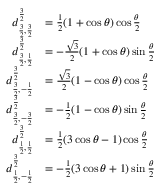
{ \begin{array} { r l } { d _ { { \frac { 3 } { 2 } } , { \frac { 3 } { 2 } } } ^ { \frac { 3 } { 2 } } } & { = { \frac { 1 } { 2 } } ( 1 + \cos \theta ) \cos { \frac { \theta } { 2 } } } \\ { d _ { { \frac { 3 } { 2 } } , { \frac { 1 } { 2 } } } ^ { \frac { 3 } { 2 } } } & { = - { \frac { \sqrt { 3 } } { 2 } } ( 1 + \cos \theta ) \sin { \frac { \theta } { 2 } } } \\ { d _ { { \frac { 3 } { 2 } } , - { \frac { 1 } { 2 } } } ^ { \frac { 3 } { 2 } } } & { = { \frac { \sqrt { 3 } } { 2 } } ( 1 - \cos \theta ) \cos { \frac { \theta } { 2 } } } \\ { d _ { { \frac { 3 } { 2 } } , - { \frac { 3 } { 2 } } } ^ { \frac { 3 } { 2 } } } & { = - { \frac { 1 } { 2 } } ( 1 - \cos \theta ) \sin { \frac { \theta } { 2 } } } \\ { d _ { { \frac { 1 } { 2 } } , { \frac { 1 } { 2 } } } ^ { \frac { 3 } { 2 } } } & { = { \frac { 1 } { 2 } } ( 3 \cos \theta - 1 ) \cos { \frac { \theta } { 2 } } } \\ { d _ { { \frac { 1 } { 2 } } , - { \frac { 1 } { 2 } } } ^ { \frac { 3 } { 2 } } } & { = - { \frac { 1 } { 2 } } ( 3 \cos \theta + 1 ) \sin { \frac { \theta } { 2 } } } \end{array} }